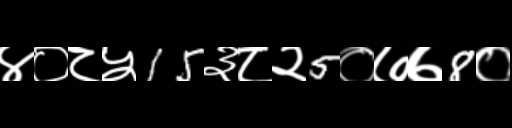
Text: ४०८५15३८२5०७७8०